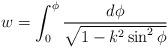
LaTeX: \begin{align*}w = \int_0^\phi \frac{d\phi}{\sqrt{1-k^2 \sin^2 \phi}}\end{align*}